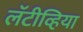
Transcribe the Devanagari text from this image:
लॅटीव्हिया